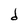
Character: d